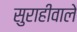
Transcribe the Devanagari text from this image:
सुराहीवाले